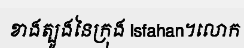
ខាងត្បូងនៃក្រុង Isfahan។លោក